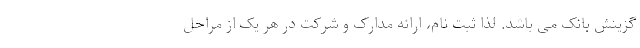
گزینش بانک می باشد. لذا ثبت نام، ارائه مدارک و شرکت در هر یک از مراحل